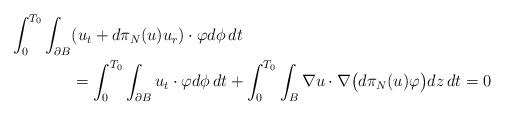
LaTeX: \begin{align*} \int_0^{T_0}\int_{\partial B}&(u_t+d\pi_N(u)u_r)\cdot\varphi d\phi\,dt\\ &=\int_0^{T_0}\int_{\partial B}u_t\cdot\varphi d\phi\,dt +\int_0^{T_0}\int_B\nabla u\cdot\nabla\big(d\pi_N(u)\varphi\big)dz\,dt=0 \end{align*}